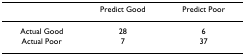
|  | Predict Good | Predict Poor |
 | --- | --- | --- |
 | Actual Good | 28 | 6 |
 | Actual Poor | 7 | 37 |